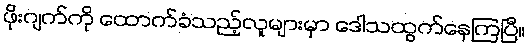
ဖိုးဂျက်ကို ထောက်ခံသည့်လူများမှာ ဒေါသထွက်နေကြပြီ။